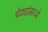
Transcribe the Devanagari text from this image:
पेट्यांमध्ये